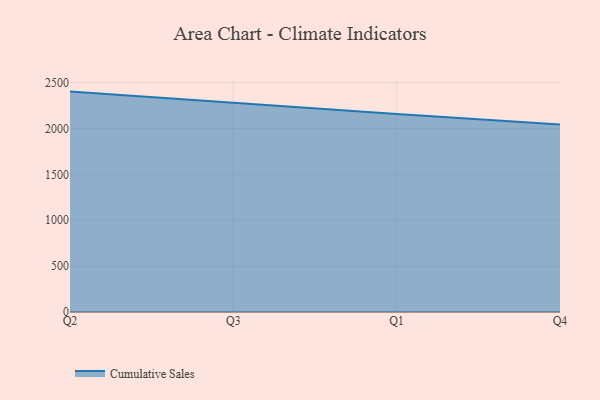
{"axis": {"x": "Quarter", "y": "Bounce Rate (%)"}, "legend": ["Cumulative Sales"], "data": [{"x": "Q2", "y": 2401.0, "type": "Cumulative Sales"}, {"x": "Q3", "y": 2276.4, "type": "Cumulative Sales"}, {"x": "Q1", "y": 2156.9, "type": "Cumulative Sales"}, {"x": "Q4", "y": 2043.4, "type": "Cumulative Sales"}]}